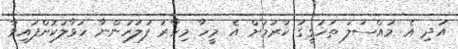
އަދި އެ މައްސަލަ ތަހުގީގު ކުރުމަށް އެ މީހާ މިހާރު ފުލުހުންނާ ހަވާލުކޮށްފައިވާ